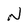
Character: N